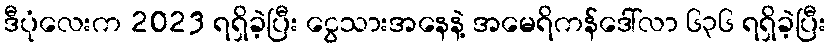
ဒီပုံလေးက 2023 ရရှိခဲ့ပြီး ငွေသားအနေနဲ့ အမေရိကန်ဒေါ်လာ ၆၃၆ ရရှိခဲ့ပြီး